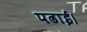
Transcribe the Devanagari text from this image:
पढाई।